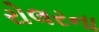
રોલરના